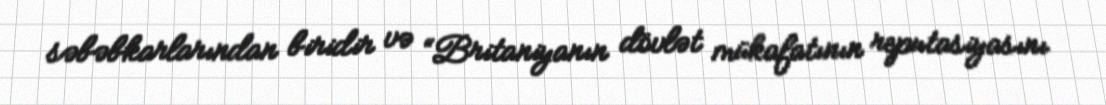
səbəbkarlarından biridir və “Britaniyanın dövlət mükafatının reputasiyasını